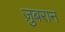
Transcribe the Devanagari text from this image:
ज़ुबरान